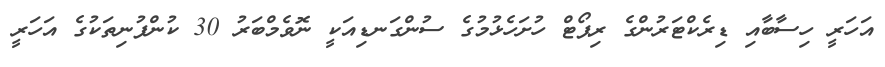
އަހަރީ ހިސާބާއި ޑިރެކްޓަރުންގެ ރިޕޯޓް ހުށަހެޅުމުގެ ސުންގަނޑިއަކީ ނޮވެމްބަރު 30 ކުންފުނިތަކުގެ އަހަރީ